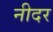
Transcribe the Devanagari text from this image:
नीदर